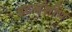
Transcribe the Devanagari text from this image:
इटर्नशीप